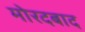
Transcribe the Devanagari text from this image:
मोरदबाद